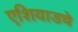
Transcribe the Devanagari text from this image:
एशियाडचे